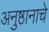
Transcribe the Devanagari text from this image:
अनुष्ठानाचे